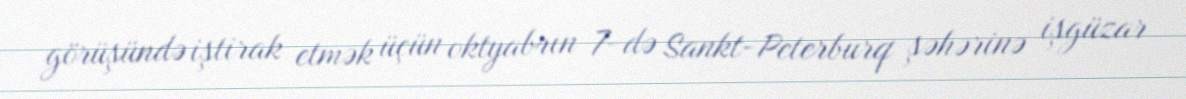
görüşündə iştirak etmək üçün oktyabrın 7-də Sankt-Peterburq şəhərinə işgüzar